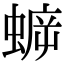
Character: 蝷